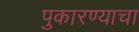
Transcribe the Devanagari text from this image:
पुकारण्याचा